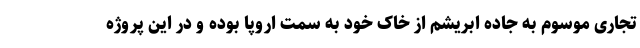
تجاری موسوم به جاده ابریشم از خاک خود به سمت اروپا بوده و در این پروژه